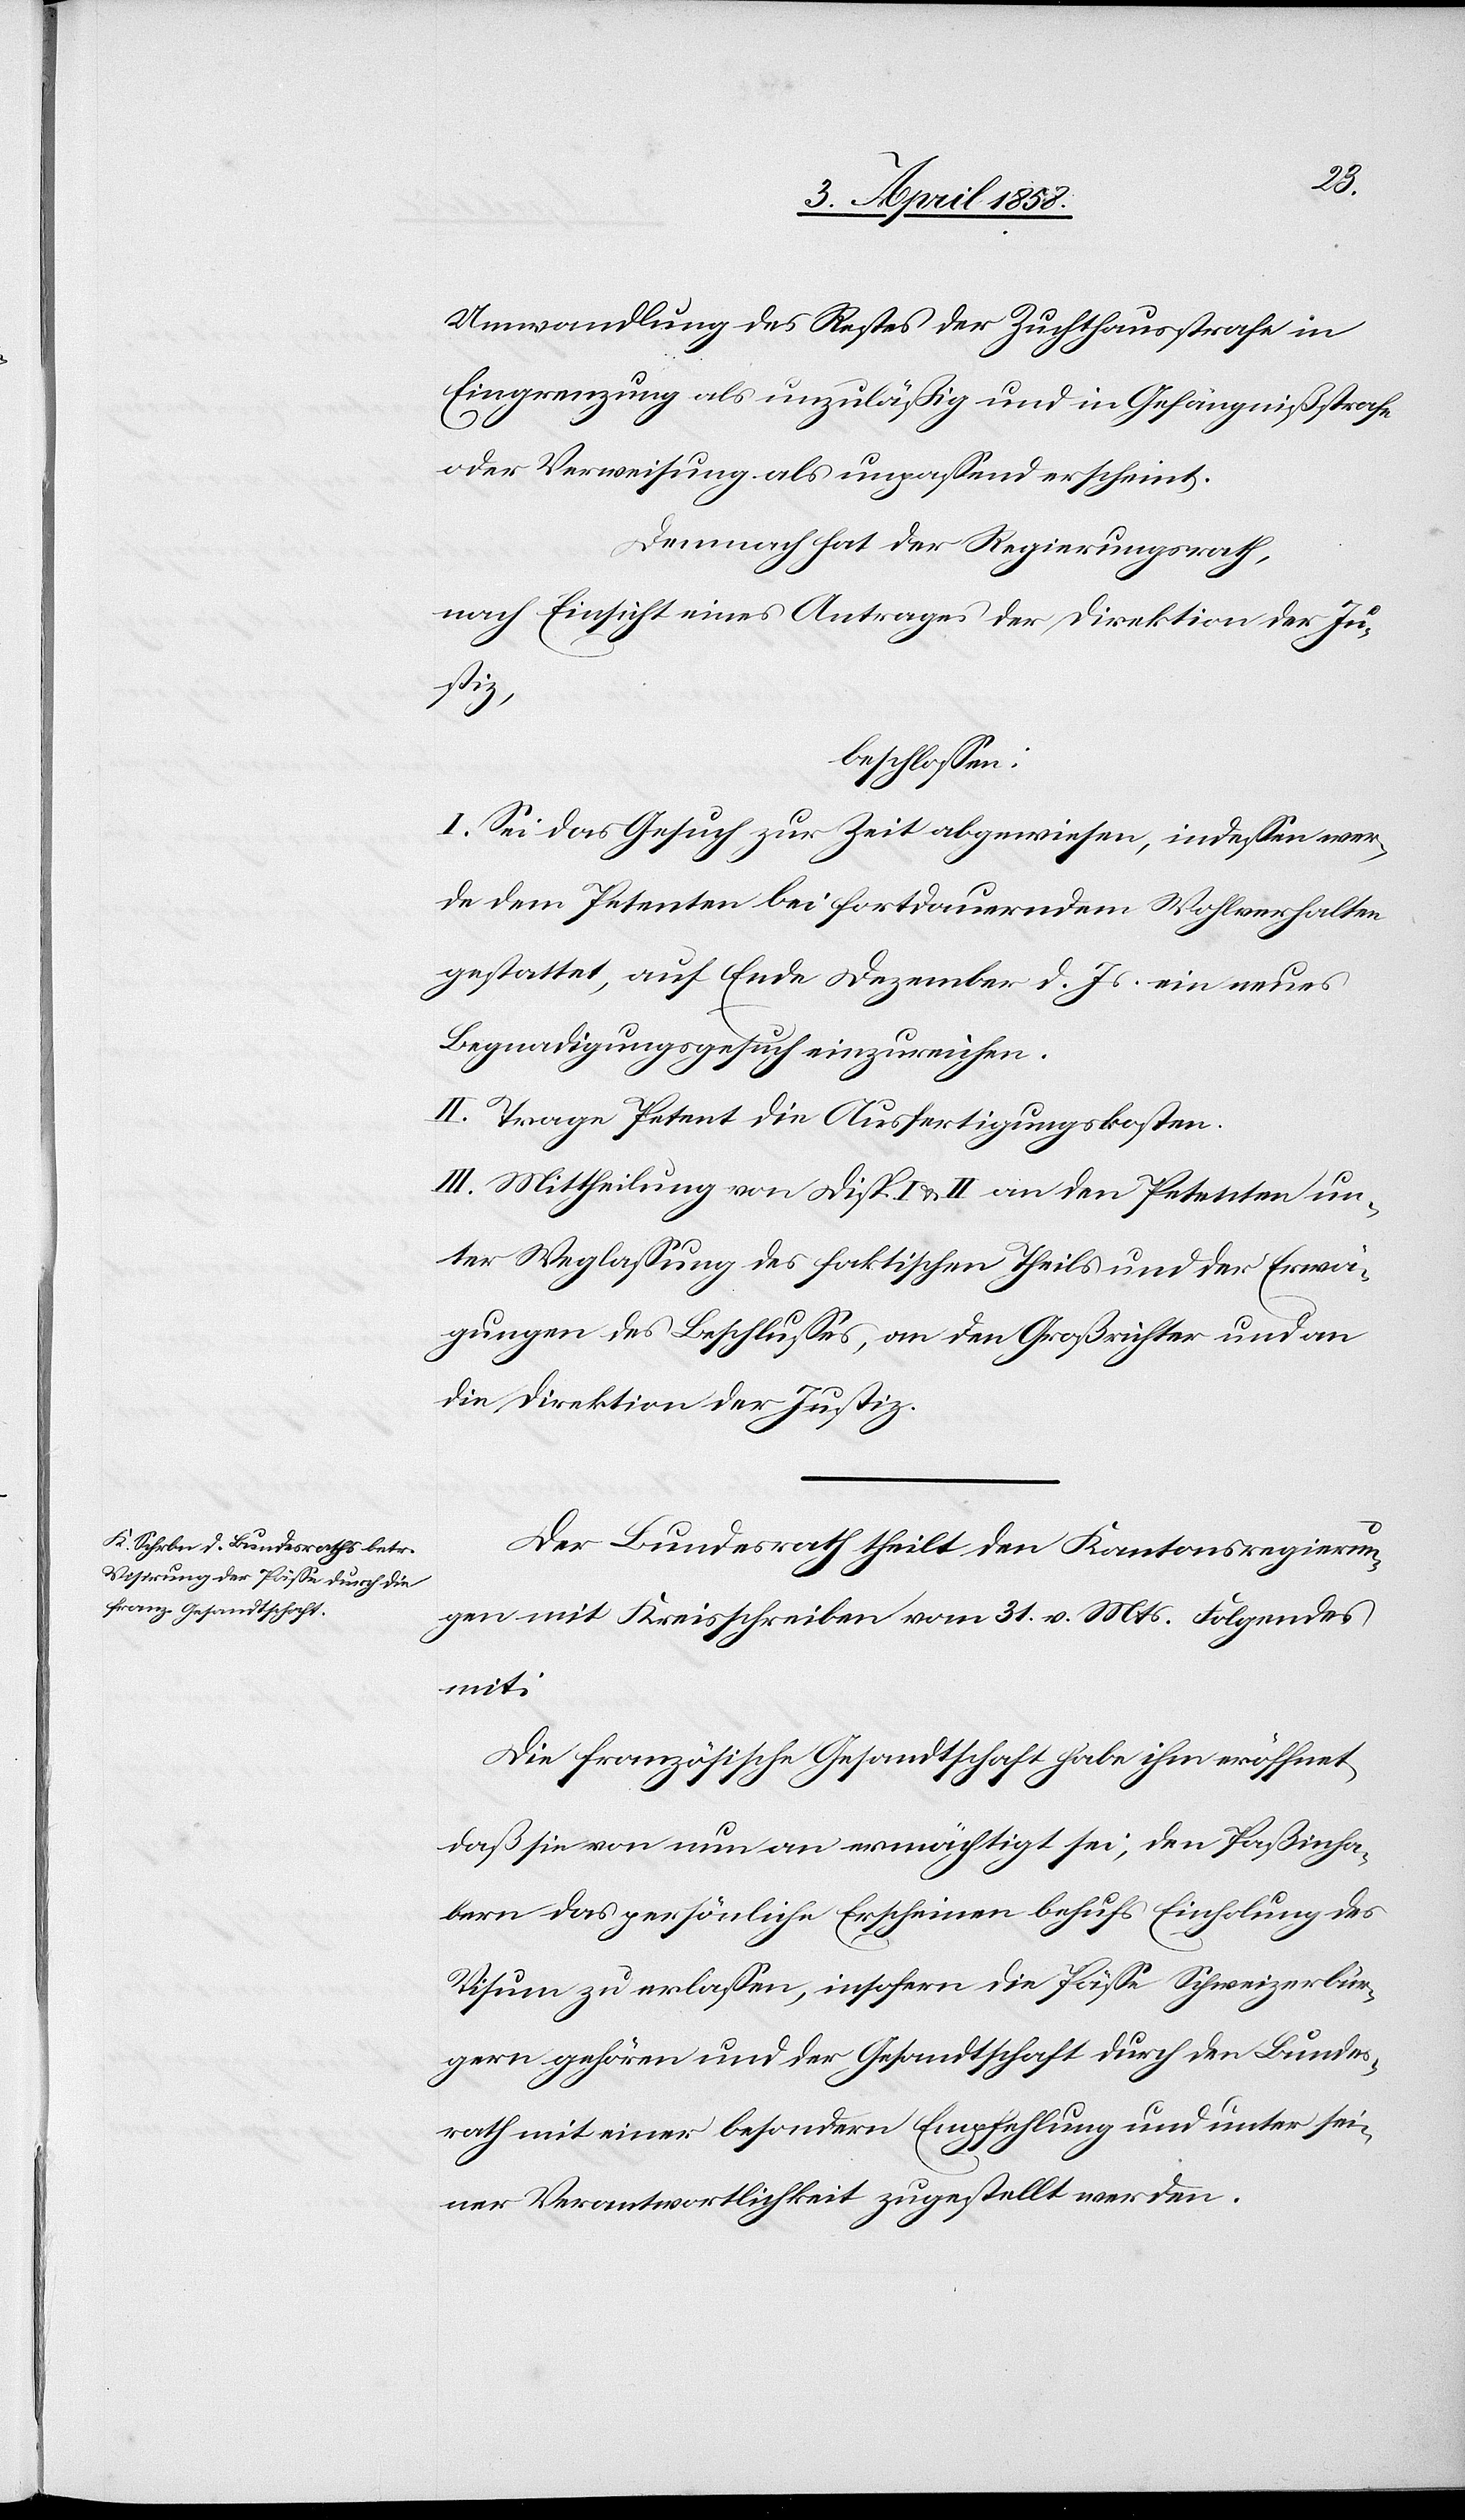
Umwandlung des Restes der Zuchthausstrafe in
Eingrenzung als unzuläßig und in Gefängnißstrafe
oder Verweisung als unpassend erscheint.
Demnach hat der Regierungsrath,
nach Einsicht eines Antrages der Direktion der Ju¬
stiz,
beschlossen:
I. Sei das Gesuch zur Zeit abgewiesen, indessen wer¬
de dem Petenten bei fortdauerndem Wohlverhalten
gestattet, auf Ende Dezember d. Js. ein neues
Begnadigungsgesuch einzureichen.
II. Trage Petent die Ausfertigungskosten.
III. Mittheilung von Disp. I u. II an den Petenten un¬
ter Weglassung des faktischen Theils und der Erwä¬
gungen des Beschlusses, an den Großrichter und an
die Direktion der Justiz.
Der Bundesrath theilt den Kantonsregierun¬
gen mit Kreisschreiben vom 31. v. Mts. Folgendes
mit:
Die französische Gesandtschaft habe ihm eröffnet,
daß sie von nun an ermächtigt sei, den Paßinha¬
bern das persönliche Erscheinen behufs Einholung des
Visum zu erlassen, insofern die Pässe Schweizerbür¬
gern gehören und der Gesandtschaft durch den Bundes¬
rath mit einer besondern Empfehlung und unter sei¬
ner Verantwortlichkeit zugestellt werden.